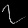
Digit: ၇